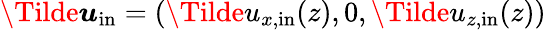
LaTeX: \boldsymbol{\Tilde{u}}_{\mathrm{in}}=(\Tilde{u}_{x,\mathrm{in}}(z),0,\Tilde{u}_{z,\mathrm{in}}(z))